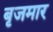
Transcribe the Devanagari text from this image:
बृजमार